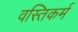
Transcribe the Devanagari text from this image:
वस्तिकर्म